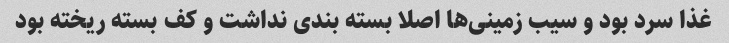
غذا سرد بود و سیب زمینی‌ها اصلا بسته بندی نداشت و کف بسته ریخته بود